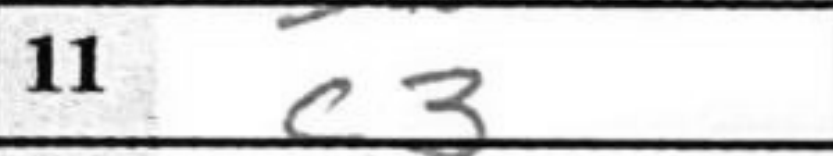
Transcription: c3